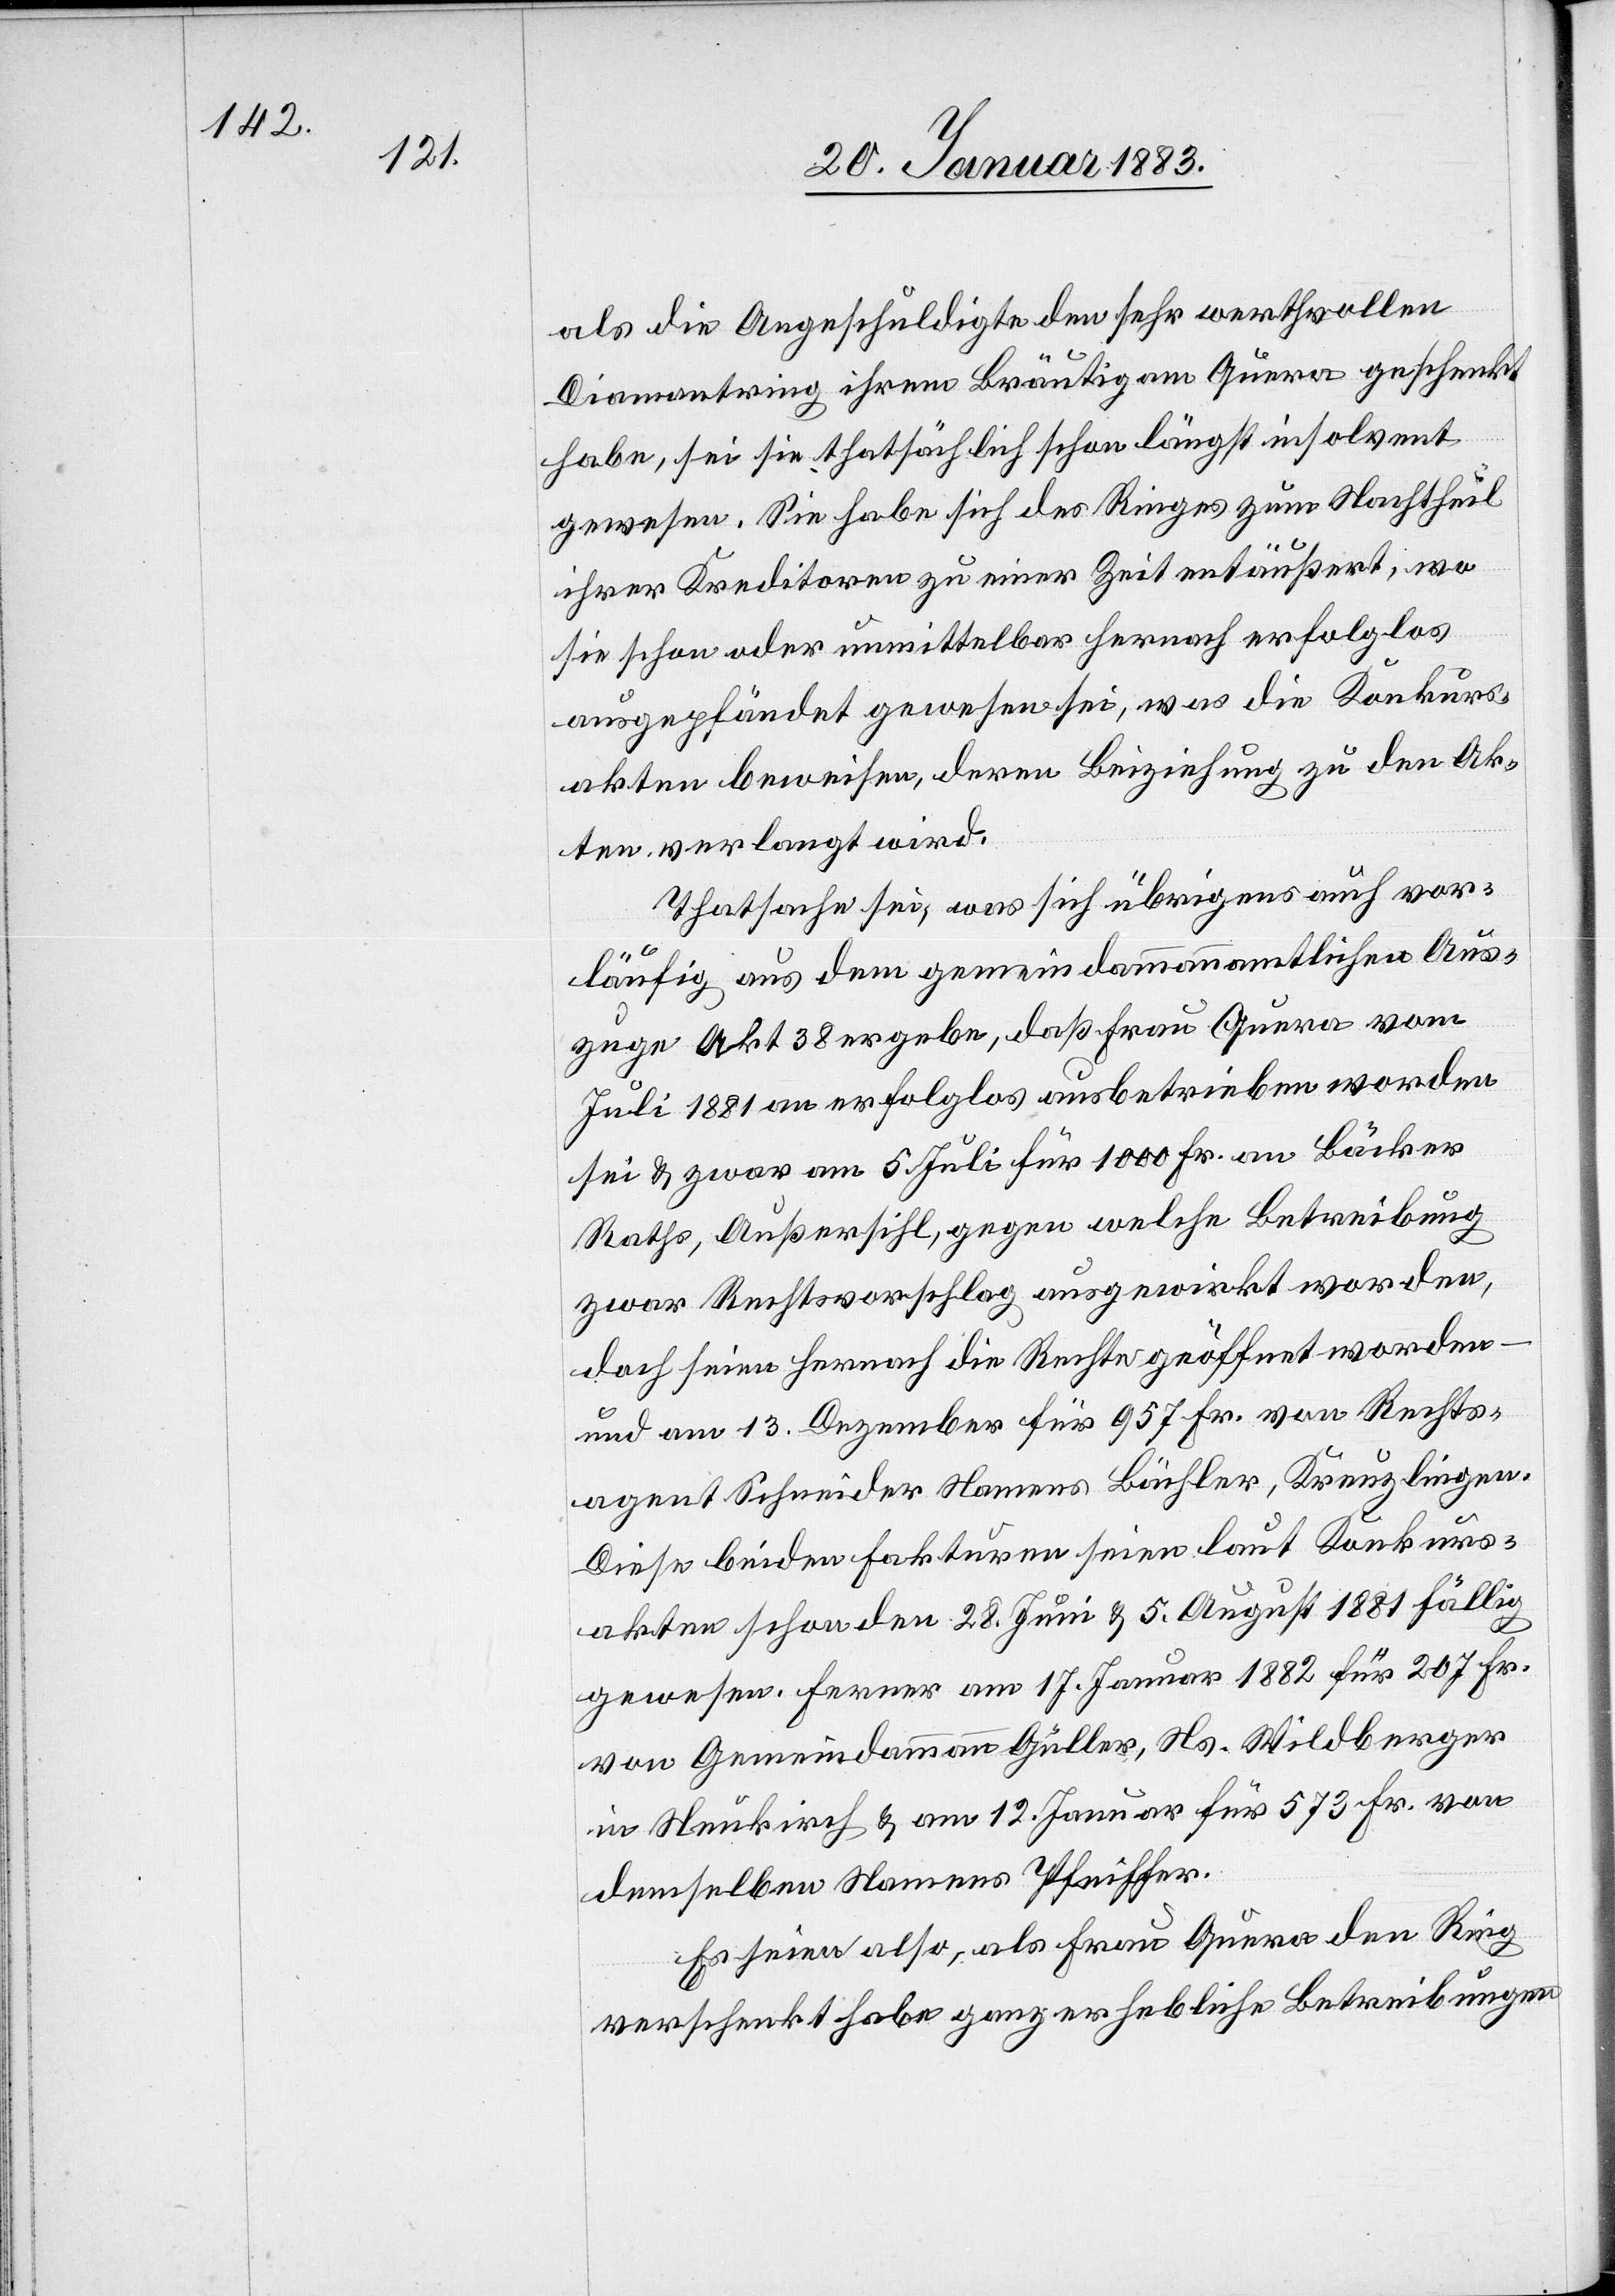
als die Angeschuldigte den sehr werthvollen
Diamantring ihrem Bräutigam Quera geschenkt
habe, sei sie thatsächlich schon längst insolvent
gewesen. Sie habe sich des Ringes zum Nachtheil
ihrer Kreditoren zu einer Zeit entäußert, wo
sie schon oder unmittelbar hernach erfolglos
ausgepfändet gewesen sei, was die Konkurs¬
akten beweisen, deren Beiziehung zu den Ak¬
ten verlangt wird.
Thatsache sei, was sich übrigens auch vor¬
läufig aus dem gemeindammannamtlichen Aus¬
zuge Akt 38 ergebe, daß Frau Quera vom
Juli 1881 an erfolglos ausbetrieben worden
sei & zwar am 5. Juli für 1000 Fr. an Bäcker
Raths, Außersihl, gegen welche Betreibung
zwar Rechtsvorschlag ausgewirkt worden,
doch seien hernach die Rechte geöffnet worden
und am 13. Dezember für 957 Fr. von Rechts¬
agent Schneider Namens Bächler, Kreuzlingen.
Diese beiden Fakturen seien laut Konkurs¬
akten schon den 28. Juni & 5. August 1881 fällig
gewesen. Ferner am 17. Januar 1882 für 207 Fr.
von Gemeindammann Güller, Ns. Wildberger
in Neukirch & am 12. Januar für 573 Fr. von
demselben Namens Pfeiffer.
Es seien also, als Frau Quera den Ring
verschenkt habe ganz erhebliche Betreibungen